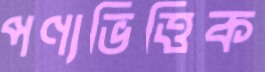
পণ্যভিত্তিক